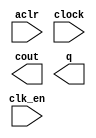
module count_10bit_2 (
	aclr,
	clk_en,
	clock,
	cout,
	q);

	input	  aclr;
	input	  clk_en;
	input	  clock;
	output	  cout;
	output	[9:0]  q;

endmodule